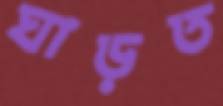
ঘাড়ত